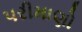
પરીમાણો